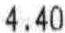
4.40